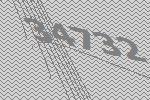
34732